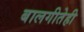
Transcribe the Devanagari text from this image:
बालगीतेही